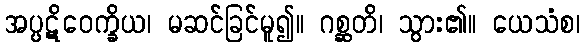
အပ္ပဋိဝေက္ခိယ၊ မဆင်ခြင်မူ၍။ ဂစ္ဆတိ၊ သွား၏။ ယေသံစ၊